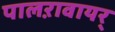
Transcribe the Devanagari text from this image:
पालऱावायर्